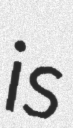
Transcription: is